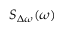
S _ { \Delta \omega } ( \omega )